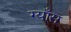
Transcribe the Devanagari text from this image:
ग्याँस